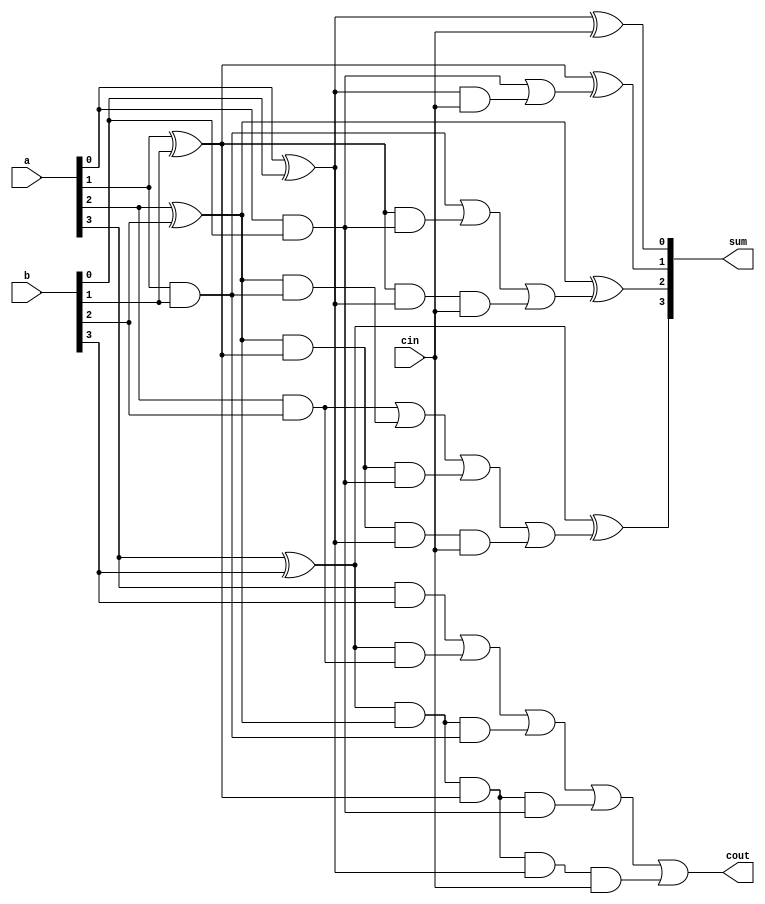
`timescale 1ns / 1ps
// *CARRY LOOK AHEAD ADDER*
// used to perform Binary addition 
// Increased performance and efficiency
module Carry_lookahead(
input [3:0]a,b,
input cin,
output [3:0]sum,
output cout
    );
    wire p0,p1,p2,p3,g0,g1,g2,g3,c1,c2,c3,c4;
    // Propagate P=a^b ; Generate G=a&b 
    assign p0 = a[0] ^ b[0];    assign g0 = a[0] & b[0];
    assign p1 = a[1] ^ b[1];    assign g1 = a[1] & b[1];
    assign p2 = a[2] ^ b[2];    assign g2 = a[2] & b[2];
    assign p3 = a[3] ^ b[3];    assign g3 = a[3] & b[3];
    // Carry C = Gi+(Pi&Ci)
    assign c1= g0 | (p0 & cin);
    assign c2= g1 | (p1 & g0) | (p1 & p0 & cin);
    assign c3= g2 | (p2 & g1) | (p2 & p1 & g0) | (p2 & p1 & p0 & cin);
    assign c4= g3 | (p3 & g2) | (p3 & p2 & g1) | (p3 & p2 & p1 & g0) | (p3 & p2 & p1 & p0 & cin); 
    // Sum S = Pi ^ Ci
    assign sum[0]= p0 ^ cin;
    assign sum[1]= p1 ^ c1;
    assign sum[2]= p2 ^ c2;
    assign sum[3]= p3 ^ c3;
    assign cout=c4;
endmodule